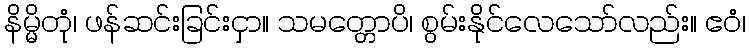
နိမ္မိတုံ၊ ဖန်ဆင်းခြင်းငှာ။ သမတ္တောပိ၊ စွမ်းနိုင်လေသော်လည်း။ ဧဝံ၊